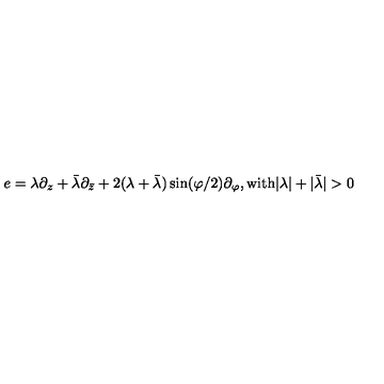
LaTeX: e = \lambda \partial _ { z } + \bar { \lambda } \partial _ { \bar { z } } + 2 ( \lambda + \bar { \lambda } ) \sin ( \varphi / 2 ) \partial _ { \varphi } , \mathrm { w i t h } | \lambda | + | \bar { \lambda } | > 0